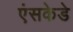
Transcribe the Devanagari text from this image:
एंसकेडे